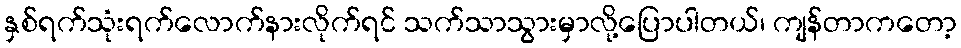
နှစ်ရက်သုံးရက်လောက်နားလိုက်ရင် သက်သာသွားမှာလို့ပြောပါတယ်၊ ကျန်တာကတော့